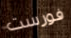
فورست